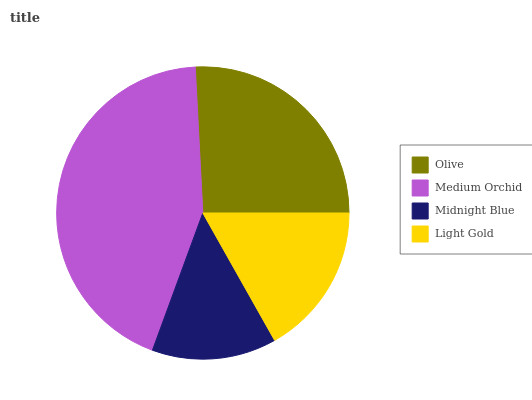
| Olive | Medium Orchid | Midnight Blue | Light Gold |
 | --- | --- | --- | --- |
 | 25.8% | 43.6% | 13.8% | 16.9% |